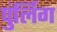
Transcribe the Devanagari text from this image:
पुंर्लिग